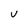
Character: U